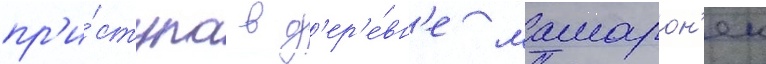
пр'и́ступа в д'ер'е́вн'е мамарон'ек